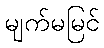
မျက်မမြင်